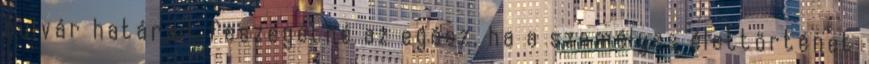
bulvár határait feszegetné az egész, ha a személyes élettörténet